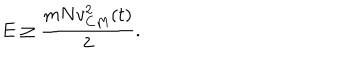
E \ge \frac { m N v _ { C M } ^ { 2 } ( t ) } { 2 } .